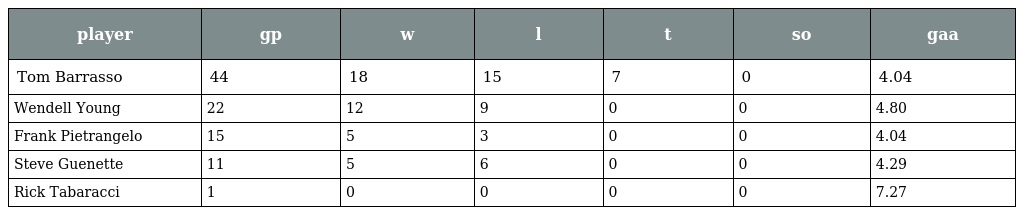
| player | gp | w | l | t | so | gaa |
 | --- | --- | --- | --- | --- | --- | --- |
 | Tom Barrasso | 44 | 18 | 15 | 7 | 0 | 4.04 |
 | Wendell Young | 22 | 12 | 9 | 0 | 0 | 4.80 |
 | Frank Pietrangelo | 15 | 5 | 3 | 0 | 0 | 4.04 |
 | Steve Guenette | 11 | 5 | 6 | 0 | 0 | 4.29 |
 | Rick Tabaracci | 1 | 0 | 0 | 0 | 0 | 7.27 |